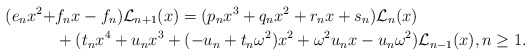
\begin{align*}(e_nx^2+&f_nx-f_n)\mathcal{L}_{n+1}(x)=(p_nx^3+q_nx^2+r_nx+s_n)\mathcal{L}_n(x) \\ &+(t_nx^4+u_nx^3+(-u_n+t_n\omega^2)x^2+\omega^2u_nx-u_n\omega^2)\mathcal{L}_{n-1}(x), n\geq 1.\end{align*}